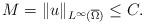
LaTeX: \begin{align*} M=\|u\|_{L^{\infty}(\overline{\Omega})}\leq C.\end{align*}